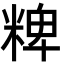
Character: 粺